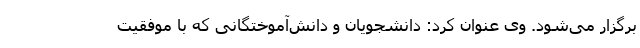
برگزار می‌شود. وی عنوان کرد: دانشجویان و دانش‌آموختگانی که با موفقیت